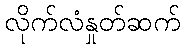
လိုက်လံနှုတ်ဆက်